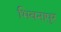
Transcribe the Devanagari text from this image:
भिवनापुर